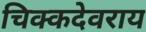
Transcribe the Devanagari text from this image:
चिक्कदेवराय